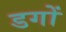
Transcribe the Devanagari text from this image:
डगों